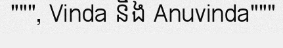
""", Vinda និង Anuvinda"""